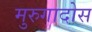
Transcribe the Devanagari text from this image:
मुरुगादोस